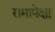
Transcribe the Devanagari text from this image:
रामापेक्षा